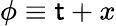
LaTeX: \phi\equiv\mathsf{t}+x